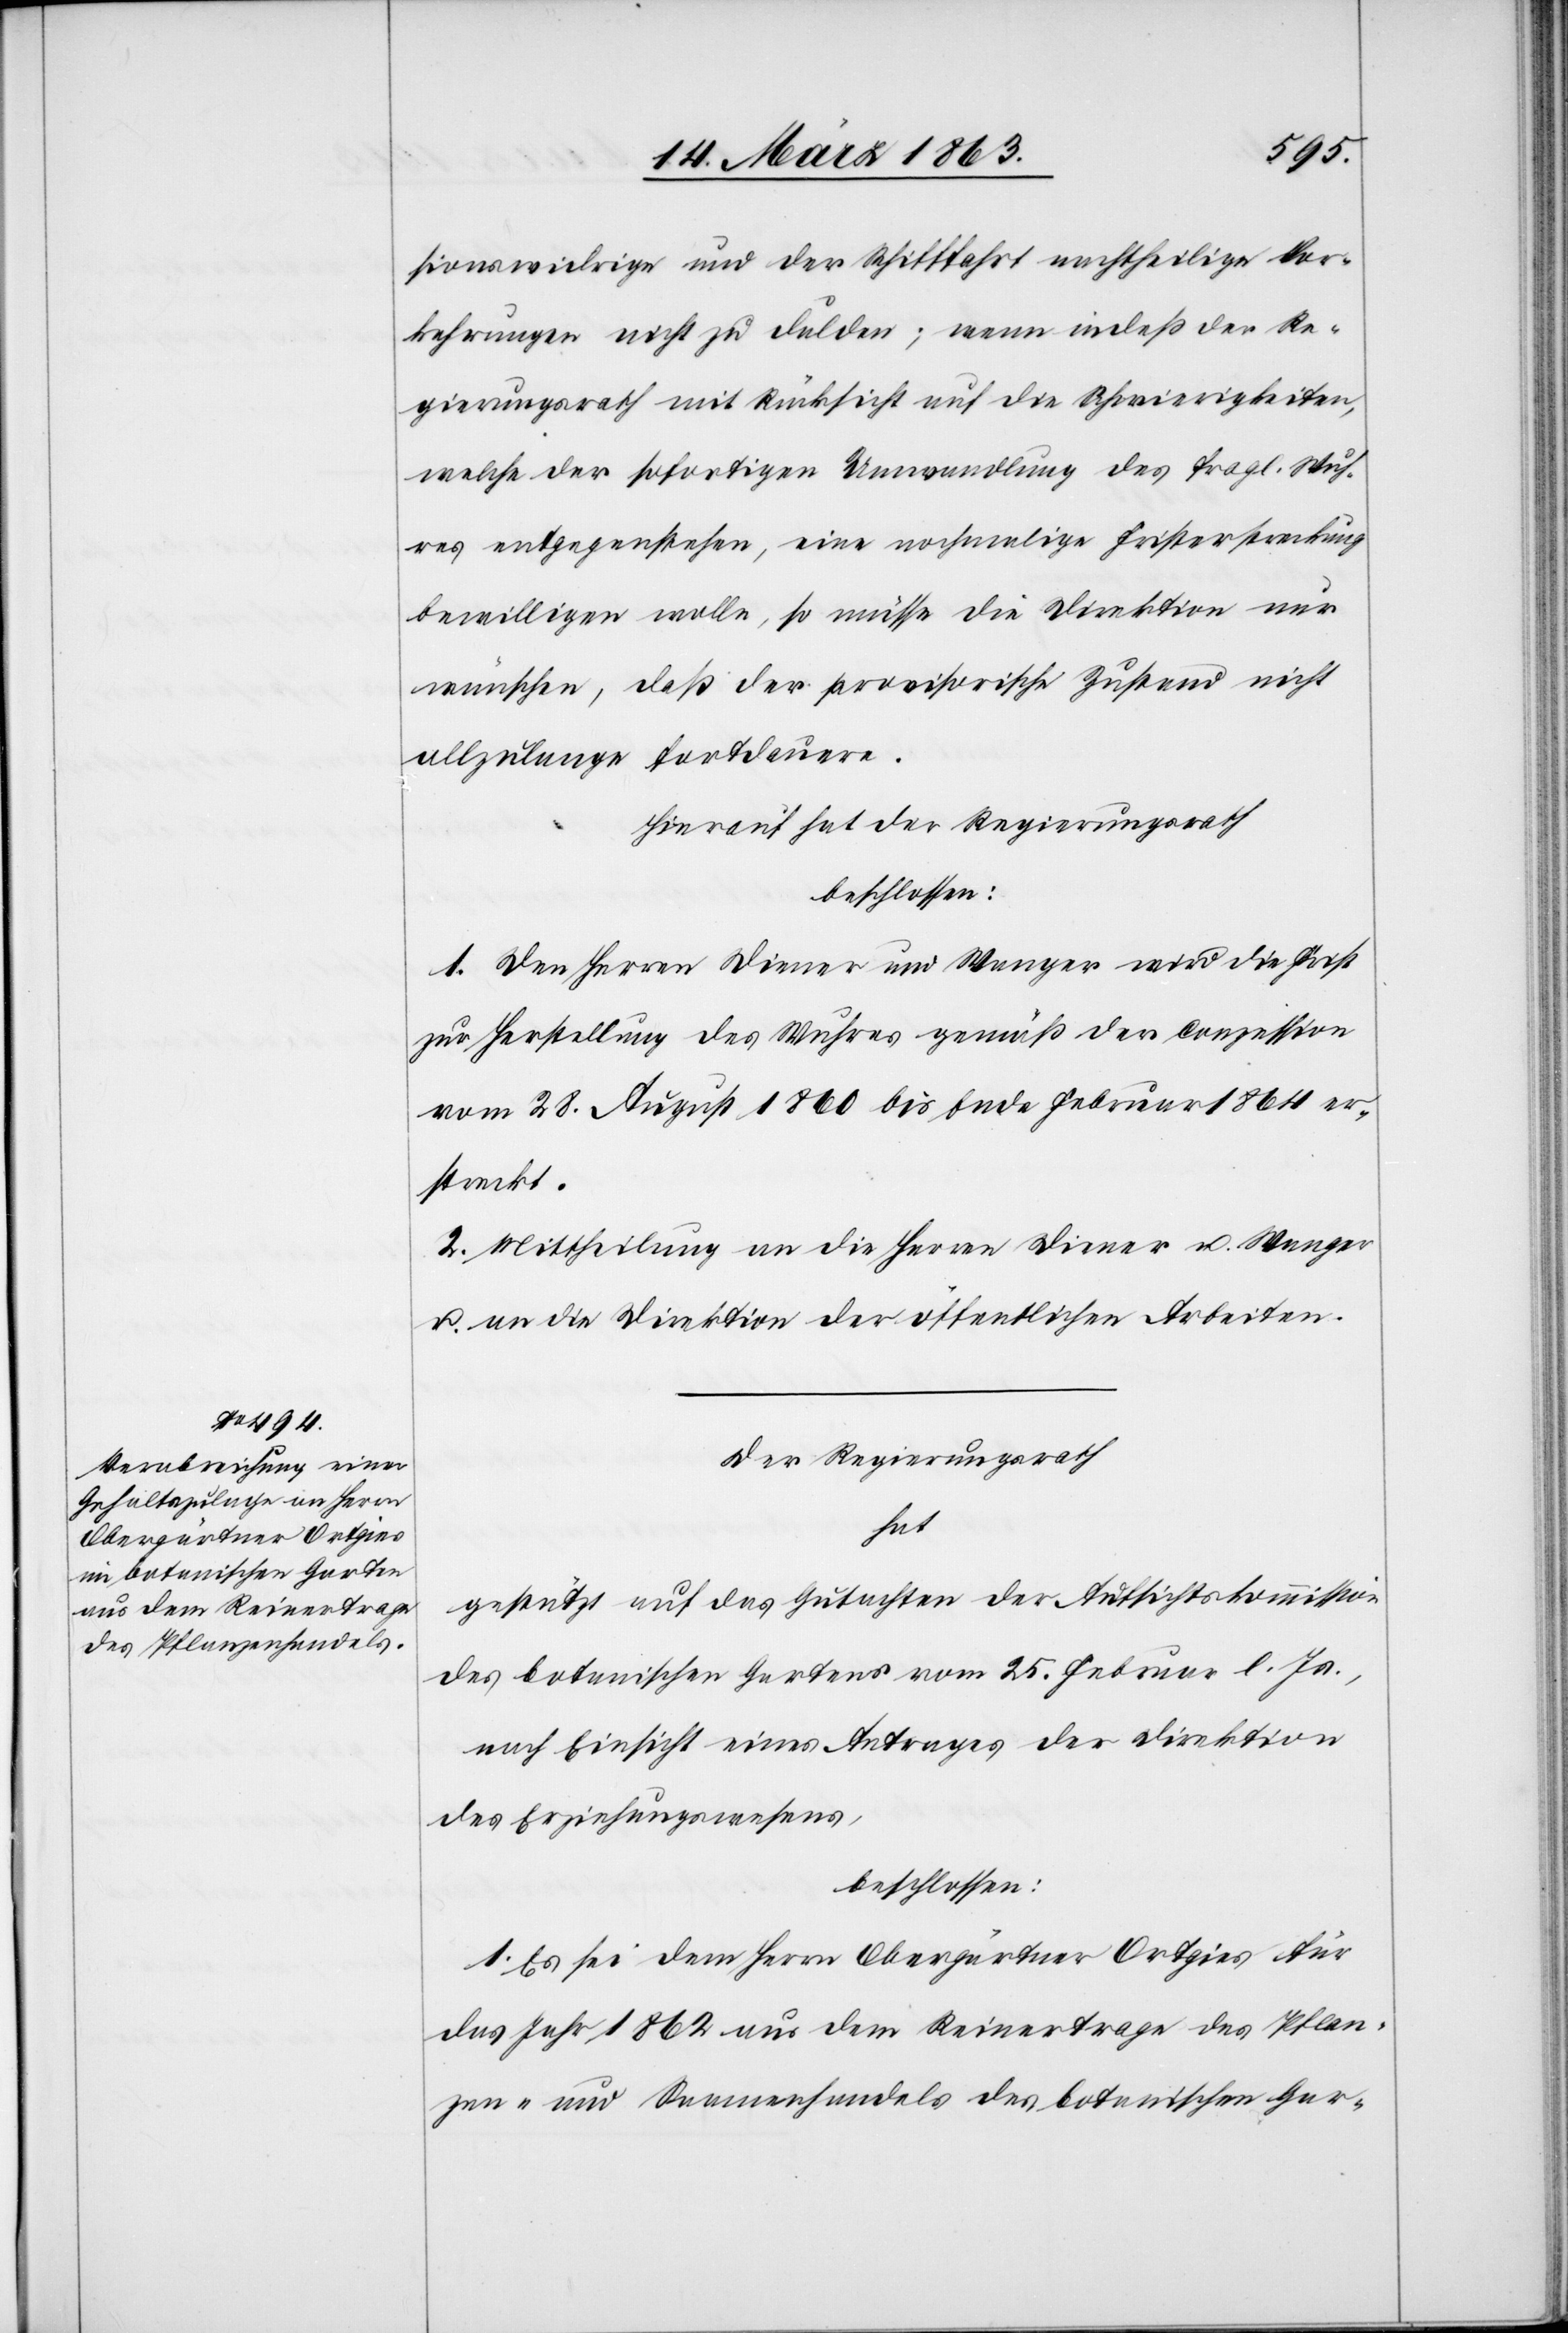
sionswidrige und der Schiffahrt nachtheilige Vor¬
kehrungen nicht zu dulden; wenn indeß der Re¬
gierungsrath mit Rücksicht auf die Schwierigkeiten,
welche der sofortigen Umwandlung des fragl. Wuh¬
res entgegenstehen, eine nochmalige Fristerstreckung
bewilligen wolle, so müsse die Direktion nur
wünschen, daß der provisorische Zustand nicht
allzulange fortdauere.
Hierauf hat der Regierungsrath
beschlossen:
1. Den Herren Diener und Wanger wird die Frist
zur Herstellung des Wuhres gemäß der Conzession
vom 28. August 1860 bis Ende Februar 1864 er¬
streckt.
2. Mittheilung an die Herren Diener u. Wanger
u. an die Direktion der öffentlichen Arbeiten.
Der Regierungsrath
hat
gestützt auf das Gutachten der Aufsichtskommission
des botanischen Gartens vom 25. Februar l. Js.,
nach Einsicht eines Antrages der Direktion
des Erziehungswesens,
beschlossen:
1. Es sei dem Herrn Obergärtner Ortgies für
das Jahr 1862 aus dem Reinertrage des Pflan¬
zen- und Saamenhandels des botanischen Gar-